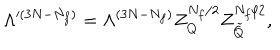
\Lambda ^ { \prime ( 3 N - N _ { f } ) } = \Lambda ^ { ( 3 N - N _ { f } ) } Z _ { Q } ^ { N _ { f } / 2 } Z _ { \tilde { Q } } ^ { N _ { f } / 2 } ,